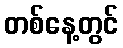
တစ်နေ့တွင်